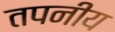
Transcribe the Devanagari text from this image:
तपनीय